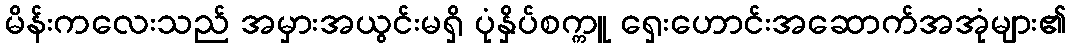
မိန်းကလေးသည် အမှားအယွင်းမရှိ ပုံနှိပ်စက္ကူ ရှေးဟောင်းအဆောက်အအုံများ၏